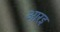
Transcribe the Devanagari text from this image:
आरइ